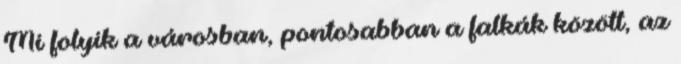
Mi folyik a városban, pontosabban a falkák között, az